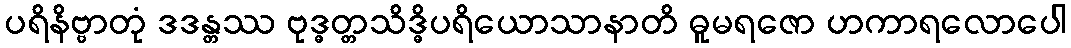
ပရိနိဗ္ဗာတုံ ဒဒန္တဿ ဗုဒ္ဓတ္တသိဒ္ဓိပရိယောသာနာတိ ဓူမရဇော ဟကာရလောပေါ